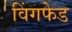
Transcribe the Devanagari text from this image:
विंगफेड